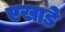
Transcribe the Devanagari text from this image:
एखाडे